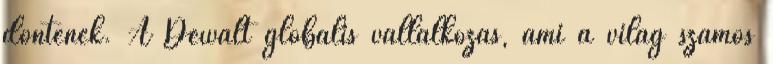
döntenek. A Dewalt globális vállalkozás, ami a világ számos